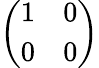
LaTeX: \left(\begin{array}{ll}{1}&{0}\\ {0}&{0}\end{array}\right)